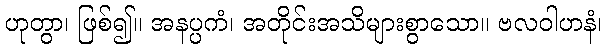
ဟုတွာ၊ ဖြစ်၍။ အနပ္ပကံ၊ အတိုင်းအသိများစွာသော။ ဗလဝါဟနံ၊